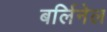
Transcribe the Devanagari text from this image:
बर्लिनेल